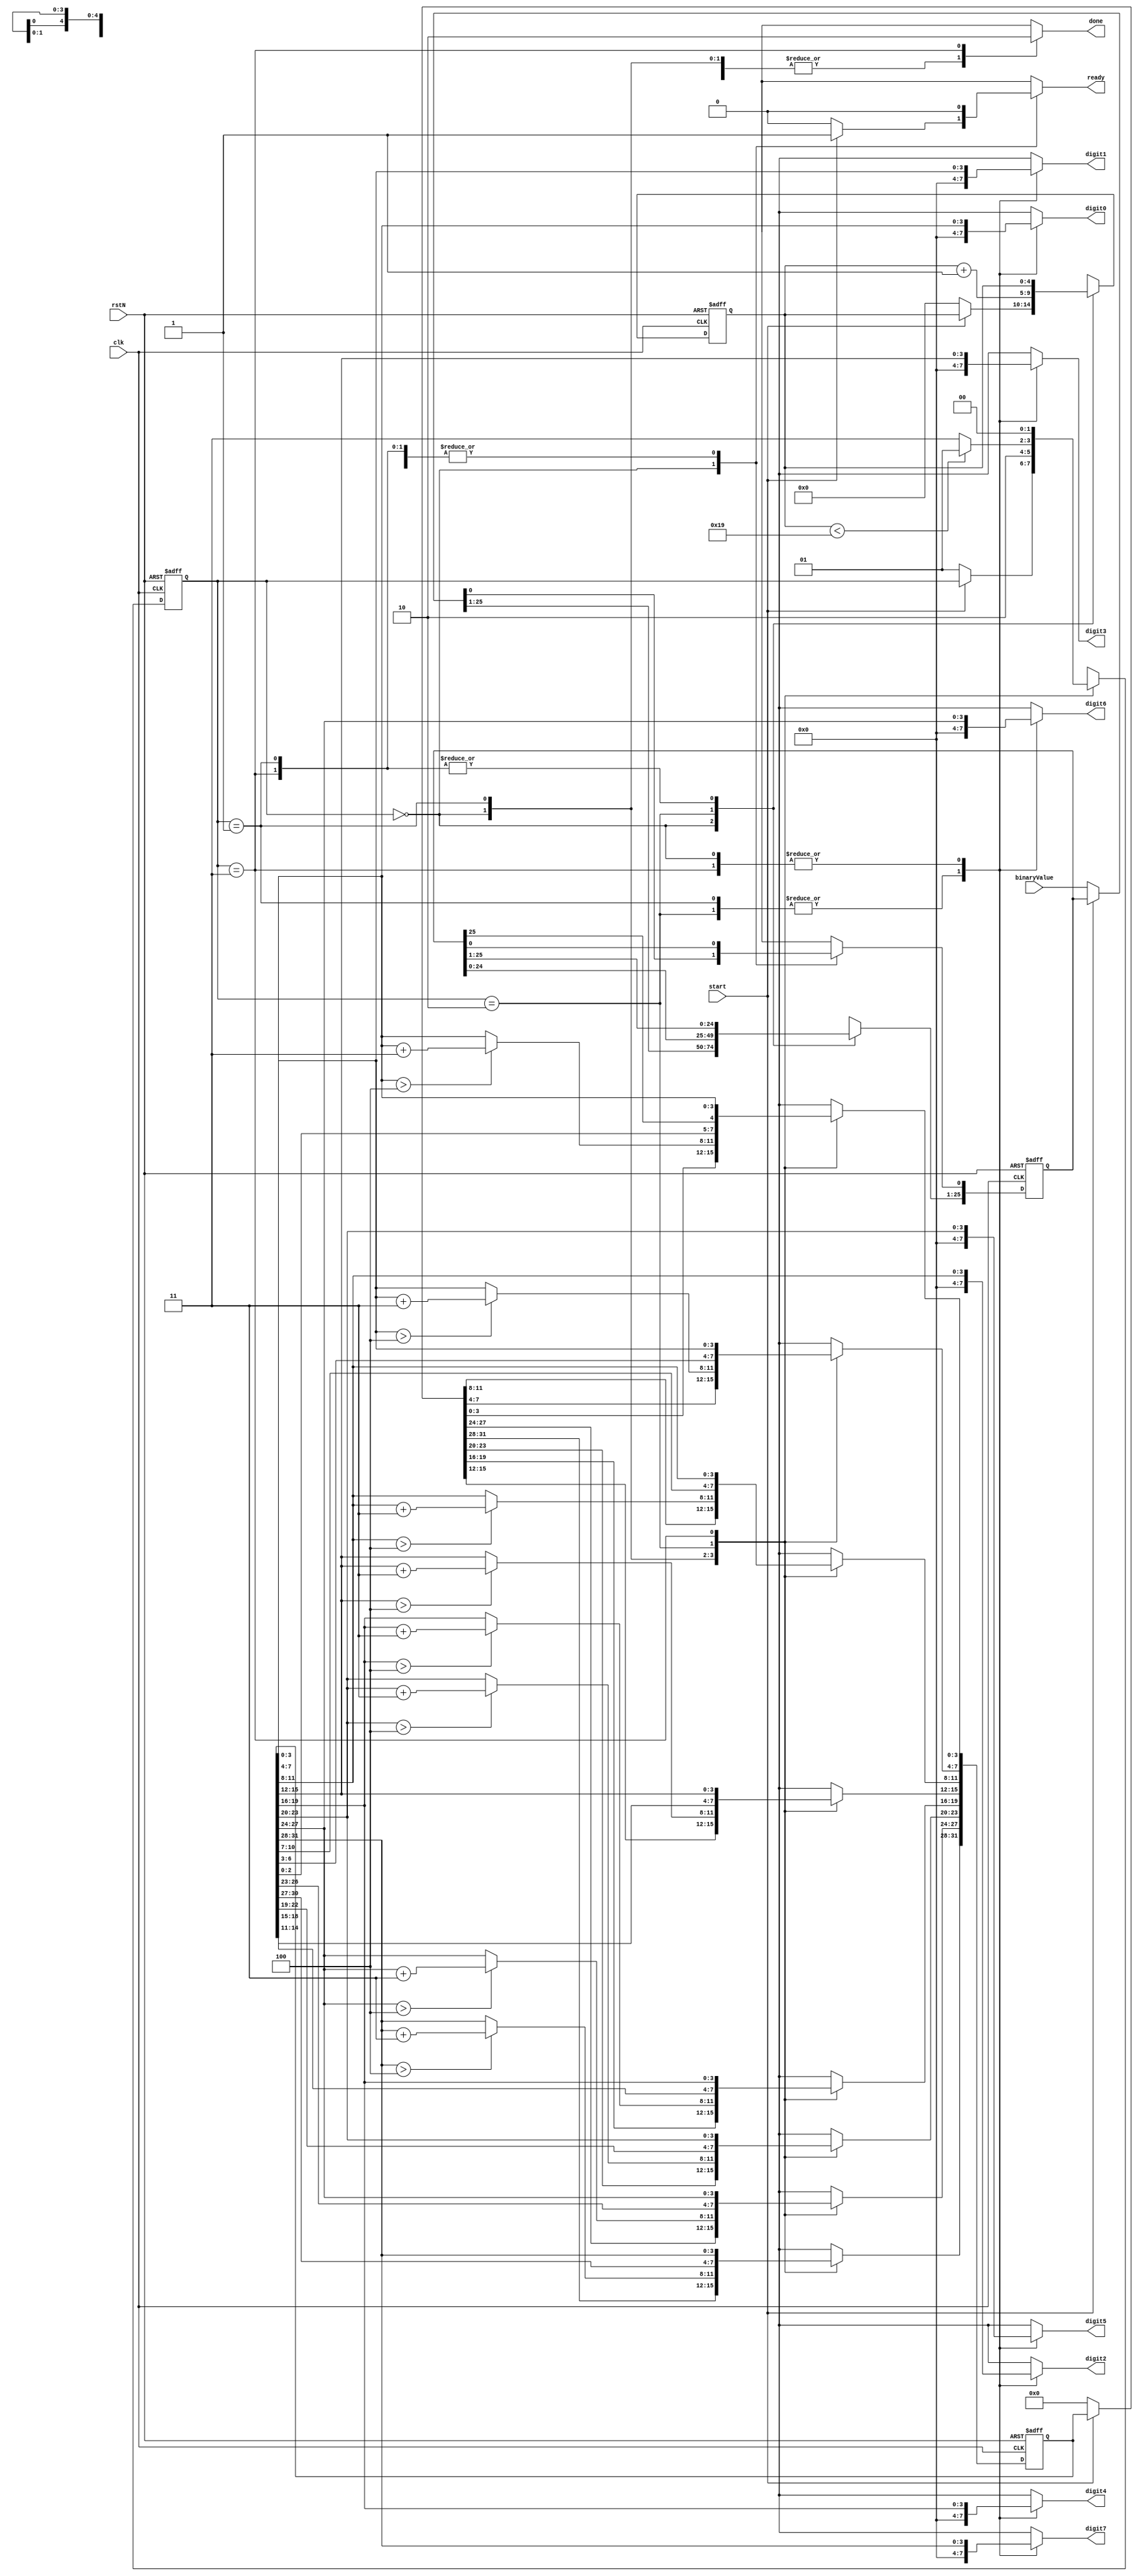
module binaryToBCD(
    input [25:0]binaryValue,                    // to get 8 digit output need 26.57 input bits (26) {can not exeed 26.57}
    input clk,rstN,start,
    output reg ready, done,
    output reg [3:0]digit7,digit6,digit5,digit4,digit3,digit2,digit1,digit0
);

localparam [1:0]
    idle = 2'b00,
    subtract = 2'b01,
    shift = 2'b10,
    over = 2'b11;

reg [4:0]currentCount,nextCount;           //count upto 26
reg [31:0]currentValue,nextValue;
reg [1:0]currentState,nextState;
reg [25:0]currentInput,nextInput;

always @(posedge clk,negedge rstN) begin
    if (~rstN) begin
        currentCount <= 5'b0;
        currentValue <= 32'b0;
        currentState <= idle;
        currentInput <= 26'b0;
    end else begin
        currentValue <= nextValue;
        currentCount <= nextCount;
        currentState <= nextState;
        currentInput <= nextInput;
    end
end

always @(*) begin
    nextCount = currentCount;
    nextValue = currentValue;
    nextState = currentState;
    nextInput = currentInput;
    {digit7,digit6,digit5,digit4,digit3,digit2,digit1,digit0} = 32'b0;
    ready = 1'b0;
    done = 1'b1;     // actives the BCDtoHEX by the negedge
    
    case (currentState)
        idle: begin
            {digit7,digit6,digit5,digit4,digit3,digit2,digit1,digit0} = currentValue;
            ready = 1'b1;
            if (!start) begin        // KEY is push button stay at 1 normally
                nextState = subtract;
                ready = 1'b0;
                nextCount = 5'b0;
                nextInput = binaryValue;
				nextValue = 32'b0;
            end
        end

        subtract: begin
            if (currentValue[3:0]>4)
                nextValue[3:0] = currentValue[3:0]+4'b0011;
            if (currentValue[7:4]>4)
                nextValue[7:4] = currentValue[7:4]+4'b0011;
            if (currentValue[11:8]>4)
                nextValue[11:8] = currentValue[11:8]+4'b0011;
            if (currentValue[15:12]>4)
                nextValue[15:12] = currentValue[15:12]+4'b0011;
            if (currentValue[19:16]>4)
                nextValue[19:16] = currentValue[19:16]+4'b0011;
            if (currentValue[23:20]>4)
                nextValue[23:20] = currentValue[23:20]+4'b0011;
            if (currentValue[27:24]>4)
                nextValue[27:24] = currentValue[27:24]+4'b0011;
            if (currentValue[31:28]>4)
                nextValue[31:28] = currentValue[31:28]+4'b0011;

            nextState = shift;
        end

        shift: begin
            nextInput[25:1] = currentInput[24:0];
            nextValue = {currentValue[30:0],currentInput[25]};
            nextCount = currentCount+5'b1;

            if (currentCount<5'd25)
                nextState = subtract;
            else
                nextState = over;
        end

        over: begin
            nextState = idle;
            done = 1'b0;
				{digit7,digit6,digit5,digit4,digit3,digit2,digit1,digit0} = currentValue;
        end   
    endcase
end

endmodule